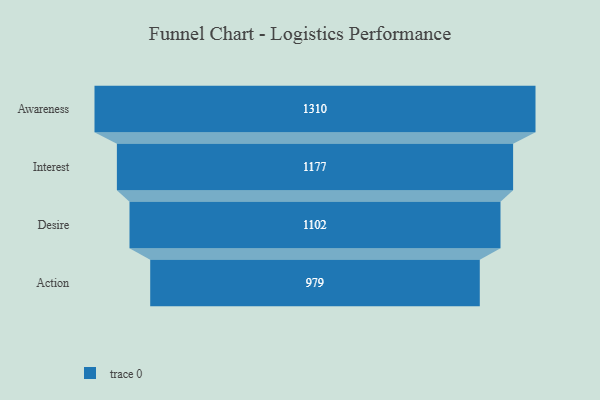
{"axis": {"x": "Stage", "y": "Value"}, "legend": [""], "data": [{"x": "Awareness", "y": 1310.0, "type": ""}, {"x": "Interest", "y": 1177.0, "type": ""}, {"x": "Desire", "y": 1102.0, "type": ""}, {"x": "Action", "y": 979.0, "type": ""}]}